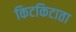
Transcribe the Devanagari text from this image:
किटकिटाता